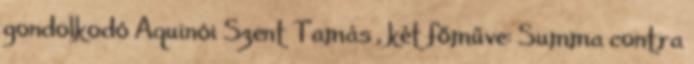
gondolkodó Aquinói Szent Tamás , két főműve: Summa contra